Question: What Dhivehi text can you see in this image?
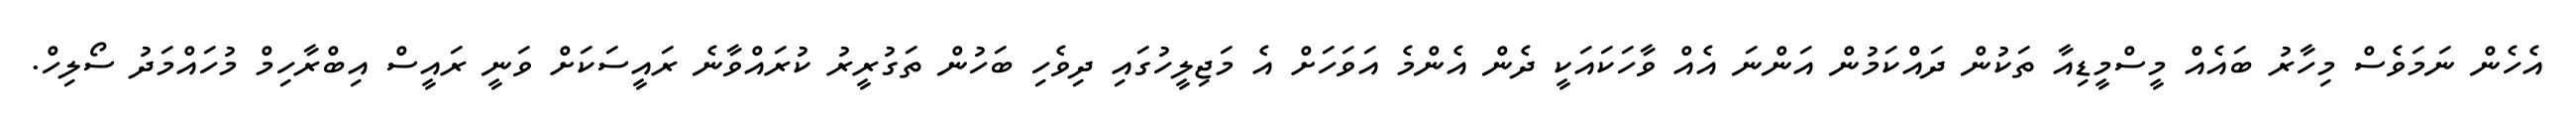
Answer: އެހެން ނަމަވެސް މިހާރު ބައެއް މީސްމީޑިއާ ތަކުން ދައްކަމުން އަންނަ އެއް ވާހަކައަކީ ދެން އެންމެ އަވަހަށް އެ މަޖިލީހުގައި ދިވެހި ބަހުން ތަގުރީރު ކުރައްވާނެ ރައީސަކަށް ވަނީ ރައީސް އިބްރާހިމް މުހައްމަދު ސޯލިހް.